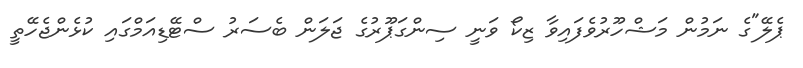
ޕެލޭ"ގެ ނަމުން މަޝްހޫރުވެފައިވާ ޒިކޯ ވަނީ ސިންގަޕޫރުގެ ޖަލަން ބެސަރު ސްޓޭޑިއަމްގައި ކުޅެންޖެހޭތީ